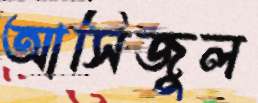
আসিজুল